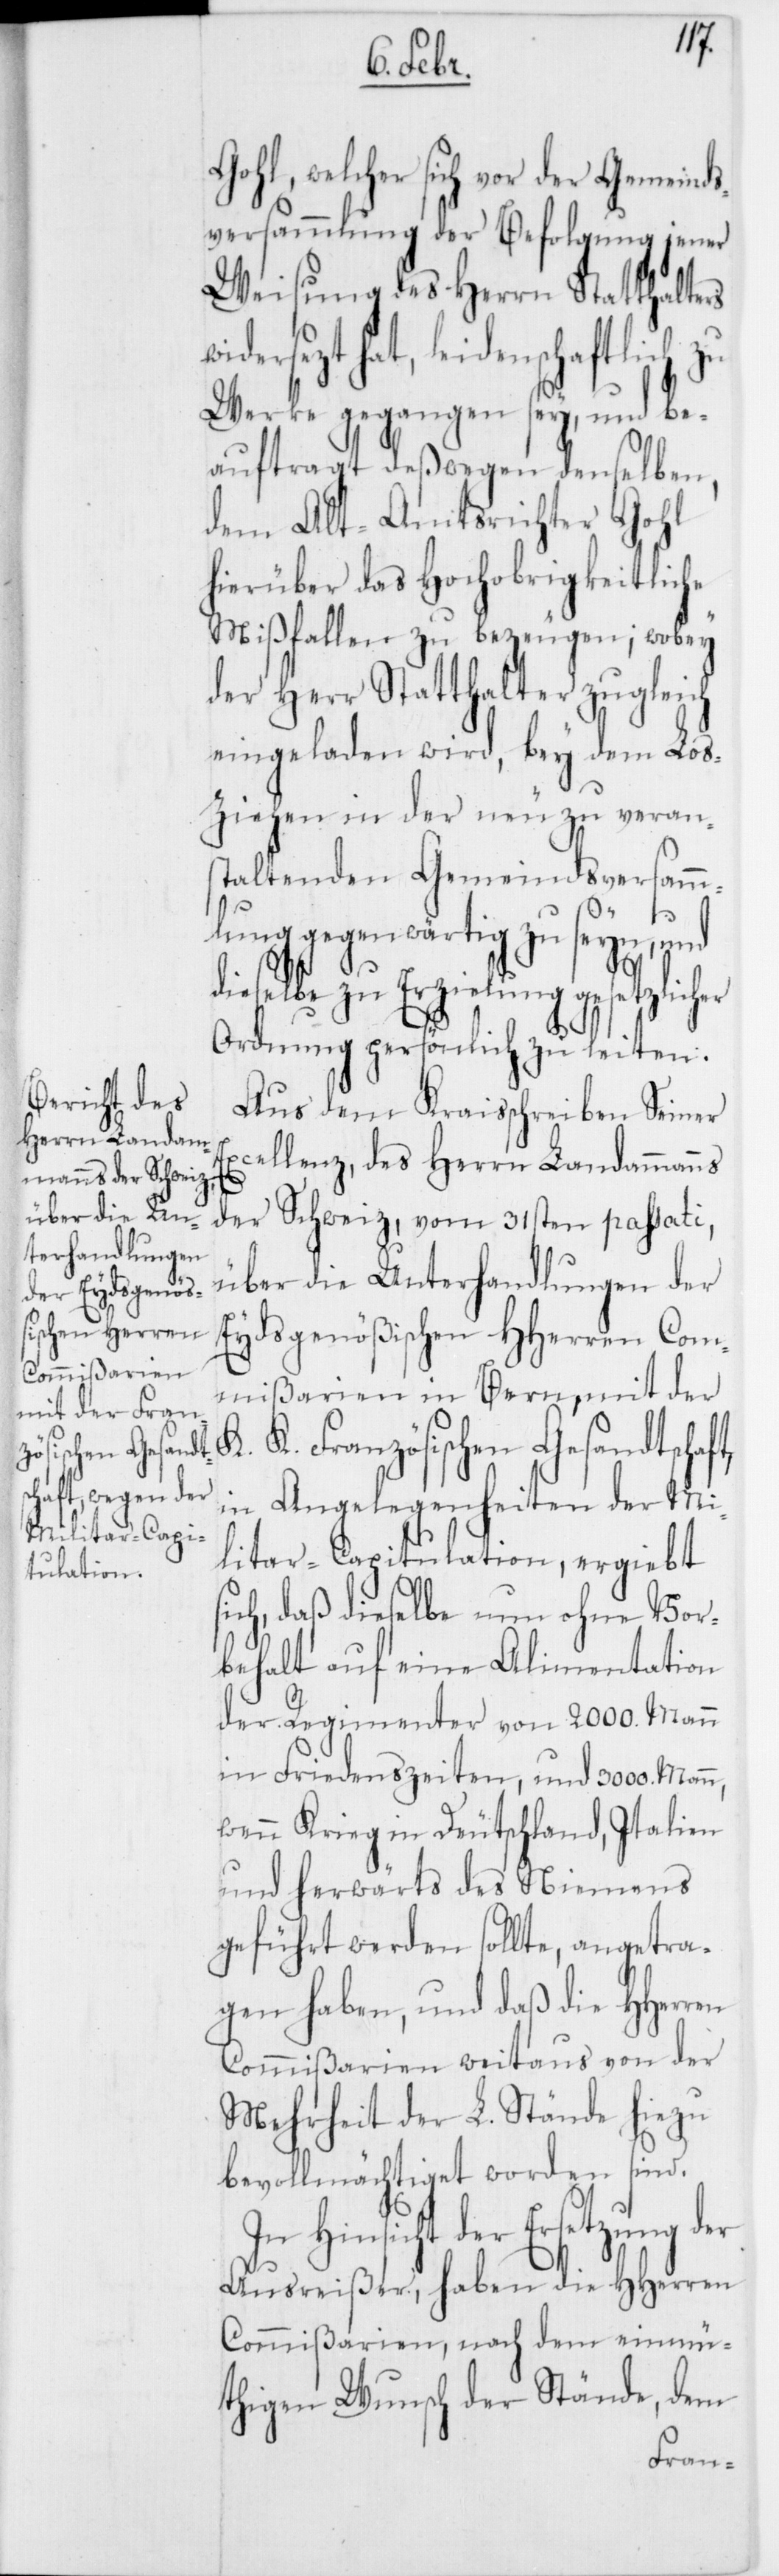
Gohl, welcher sich vor der Gemeinds¬
versammlung der Befolgung jener
Weisung des Herrn Statthalters
widersezt hat, leidenschaftlich zu
Werke gegangen sey, und be¬
auftragt deßwegen denselben,
dem Alt-Amtsrichter Gohl
hierüber das Hochobrigkeitliche
Mißfallen zu bezeugen; wobey
der Herr Statthalter zugleich
eingeladen wird, bey dem Los¬
ziehen in der neu zu veran¬
staltenden Gemeindsversamm¬
er
lung gegenwärtig zu seyn, und
dieselbe zu Erzielung gesetzlicher
Ordnung persönlich zu leiten.
Aus dem Kraisschreiben Seiner
Excellenz, des Herrn Landammanns
der Schweiz, vom 31sten passati,
über die Unterhandlungen der
Eydsgenößischen HHerren Com¬
mißarien in Bern, mit der
K. K. Französischen Gesandtschaf¬
in Angelegenheiten der Mi¬
litar-Capitulation, ergiebt
ich, daß dieselbe nun ohne Vor¬
behalt auf eine Alimentation
der Regimenter von 2000. Mann
in Friedenszeiten, und 3000.
wenn Krieg in Deutschland, Italien
und herwärts des Niemens
geführt werden sollte, angetra¬
gen haben, und daß die HHerren
Commißarien weitaus von der
Mehrheit der L. Stände hiezu
bevollmächtiget worden sind.
Hinsicht der Ersetzung d¬
Ausreißer, haben die HHerren
Commißarien, nach dem einmü¬
thigen Wunsch der Stände, dem